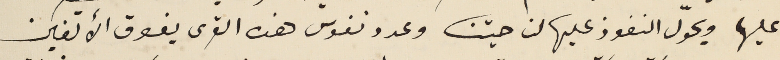
عليها ويحوّل النفوذ عليها لناحيتنا وعدد نفوس هذه القرى يفوق الألفين